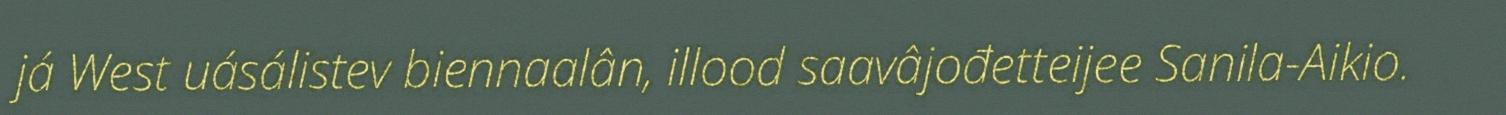
já West uásálistev biennaalân, illood saavâjođetteijee Sanila-Aikio.